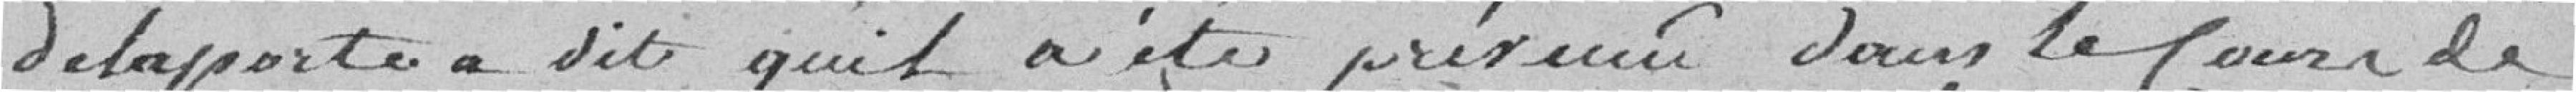
DELAPORTE a dit qu'il a été présenté dans le cours de